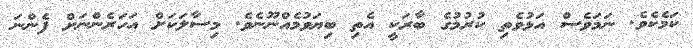
ކަމެކެވެ. ނަމަވެސް އަޅުވެތި ކުރުމުގެ ބާރަކީ އެތި ބިޔަވުމެއްނޫނެވެ. މިސާލަކަށް އަހަރެންނަށް ފެންނަ